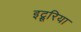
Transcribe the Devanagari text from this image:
इट्रूरिया